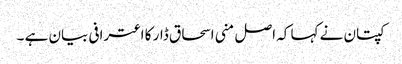
کپتان نے کہا کہ اصل منی اسحاق ڈار کا اعترافی بیان ہے ۔